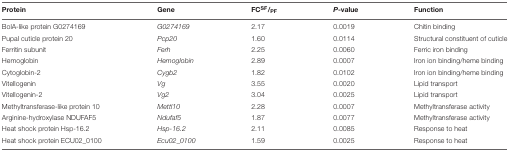
<table><thead><tr><td><b>Protein</b></td><td><b>Gene</b></td><td><b>FC<sup>SF</sup>/<sub>PF</sub></b></td><td><b><i>P</i>-value</b></td><td><b>Function</b></td></tr></thead><tbody><tr><td>BolA-like protein G0274169</td><td><i>G0274169</i></td><td>2.17</td><td>0.0019</td><td>Chitin binding</td></tr><tr><td>Pupal cuticle protein 20</td><td><i>Pcp20</i></td><td>1.60</td><td>0.0114</td><td>Structural constituent of cuticle</td></tr><tr><td>Ferritin subunit</td><td><i>Ferh</i></td><td>2.25</td><td>0.0060</td><td>Ferric iron binding</td></tr><tr><td>Hemoglobin</td><td><i>Hemoglobin</i></td><td>2.89</td><td>0.0007</td><td>Iron ion binding/heme binding</td></tr><tr><td>Cytoglobin-2</td><td><i>Cygb2</i></td><td>1.82</td><td>0.0102</td><td>Iron ion binding/heme binding</td></tr><tr><td>Vitellogenin</td><td><i>Vg</i></td><td>3.55</td><td>0.0020</td><td>Lipid transport</td></tr><tr><td>Vitellogenin-2</td><td><i>Vg2</i></td><td>3.04</td><td>0.0025</td><td>Lipid transport</td></tr><tr><td>Methyltransferase-like protein 10</td><td><i>Mettl10</i></td><td>2.28</td><td>0.0007</td><td>Methyltransferase activity</td></tr><tr><td>Arginine-hydroxylase NDUFAF5</td><td><i>Ndufaf5</i></td><td>1.87</td><td>0.0077</td><td>Methyltransferase activity</td></tr><tr><td>Heat shock protein Hsp-16.2</td><td><i>Hsp-16.2</i></td><td>2.11</td><td>0.0085</td><td>Response to heat</td></tr><tr><td>Heat shock protein ECU02_0100</td><td><i>Ecu02_0100</i></td><td>1.59</td><td>0.0025</td><td>Response to heat</td></tr></tbody></table>